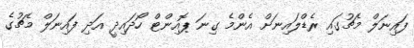
ފައިނަލް މެޗުގައި ރެޑްލައިނަށް އެންމެ ގިނަ ޕޮއިންޓް ހޯދައިދީ އަދި ފައިނަލް މެޗުގެ